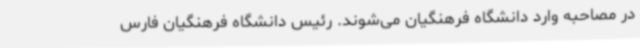
در مصاحبه وارد دانشگاه فرهنگیان می‌شوند. رئیس دانشگاه فرهنگیان فارس